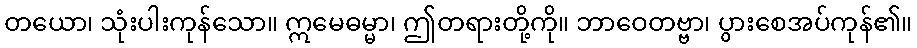
တယော၊ သုံးပါးကုန်သော။ ဣမေဓမ္မာ၊ ဤတရားတို့ကို။ ဘာဝေတဗ္ဗာ၊ ပွားစေအပ်ကုန်၏။